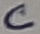
Text: C